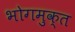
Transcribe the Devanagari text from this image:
भोगमुक्त